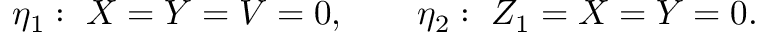
\eta _ { 1 } : \ X = Y = V = 0 , \qquad \eta _ { 2 } : \ Z _ { 1 } = X = Y = 0 .